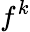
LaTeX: f^{k}